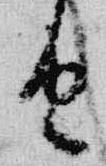
由